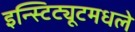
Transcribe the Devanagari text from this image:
इन्स्टिट्यूटमधले